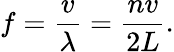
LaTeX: f={\frac{v}{\lambda}}={\frac{nv}{2L}}.